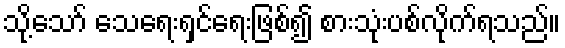
သို့သော် သေရေးရှင်ရေးဖြစ်၍ စားသုံးပစ်လိုက်ရသည်။